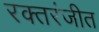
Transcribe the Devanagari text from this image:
रक्तरंजीत